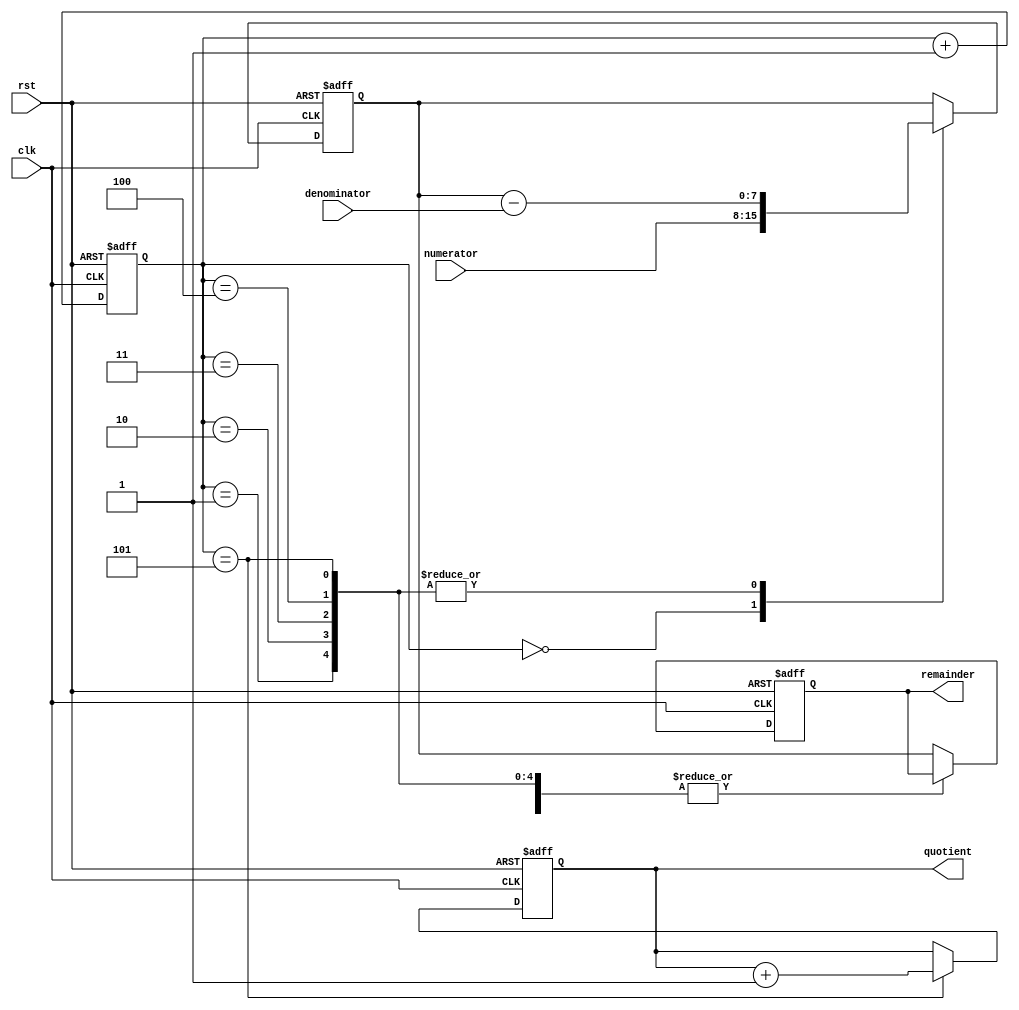
module divider (
    input wire clk,
    input wire rst,
    input wire [7:0] numerator,
    input wire [3:0] denominator,
    output reg [7:0] quotient,
    output reg [7:0] remainder
);

reg [7:0] intermediate_result;
reg [3:0] count;

always @(posedge clk or posedge rst) begin
    if (rst) begin
        intermediate_result <= 8'd0;
        count <= 4'd0;
        quotient <= 8'd0;
        remainder <= 8'd0;
    end else begin
        case (count)
            4'd0: begin
                intermediate_result <= numerator;
            end
            4'd1: begin
                intermediate_result <= intermediate_result - denominator;
            end
            4'd2: begin
                intermediate_result <= intermediate_result - denominator;
            end
            4'd3: begin
                intermediate_result <= intermediate_result - denominator;
            end
            4'd4: begin
                intermediate_result <= intermediate_result - denominator;
            end
            4'd5: begin
                intermediate_result <= intermediate_result - denominator;
                quotient <= quotient + 1;
            end
            default: begin
                remainder <= intermediate_result;
            end
        endcase
        
        count <= count + 1;
    end
end

endmodule